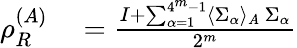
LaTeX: \begin{array}{rl}{\rho_{R}^{(A)}}&{{}=\frac{I+\sum_{\alpha=1}^{4^{m}-1}\langle\Sigma_{\alpha}\rangle_{A}~\Sigma_{\alpha}}{2^{m}}}\end{array}